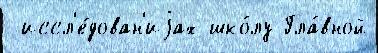
 иссл'е́дован'иjах шко́лу Гла́вной